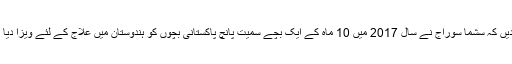
بتا دیں کہ سشما سوراج نے سال 2017 میں 10 ماہ کے ایک بچے سمیت پانچ پاکستانی بچوں کو ہندوستان میں علاج کے لئے ویزا دیا تھا۔